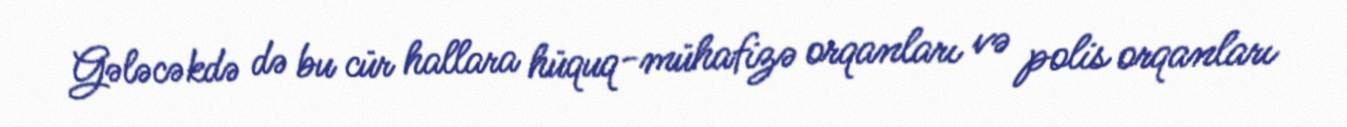
Gələcəkdə də bu cür hallara hüquq-mühafizə orqanları və polis orqanları